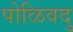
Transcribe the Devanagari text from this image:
पोळिवदु